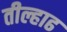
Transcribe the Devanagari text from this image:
तील्हाढ